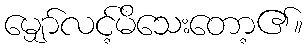
မျှော်လင့်မိသေးတော့၏။